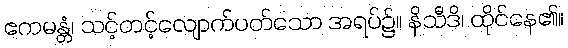
ဧကမန္တံ၊ သင့်တင့်လျောက်ပတ်သော အရပ်၌။ နိသီဒိ၊ ထိုင်နေ၏။